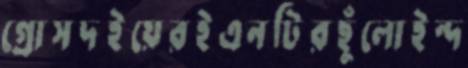
গ্রোসদইয়েরইএনটিরছুঁলোইন্দ